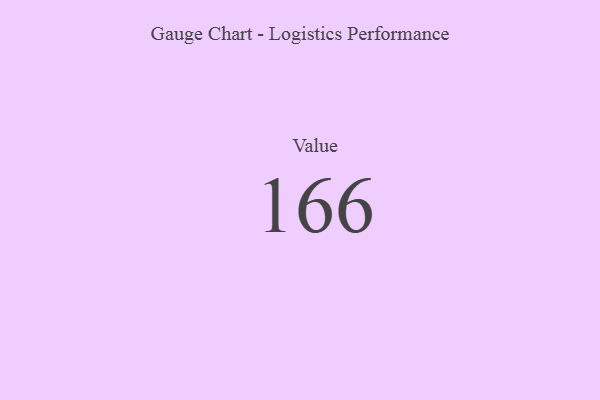
{"axis": {"x": "Metric", "y": "Value"}, "legend": [""], "data": [{"x": "Value", "y": 166, "type": ""}]}